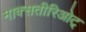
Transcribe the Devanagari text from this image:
माक्सतीरिओट्